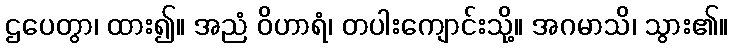
ဌပေတွာ၊ ထား၍။ အညံ ဝိဟာရံ၊ တပါးကျောင်းသို့။ အဂမာသိ၊ သွား၏။